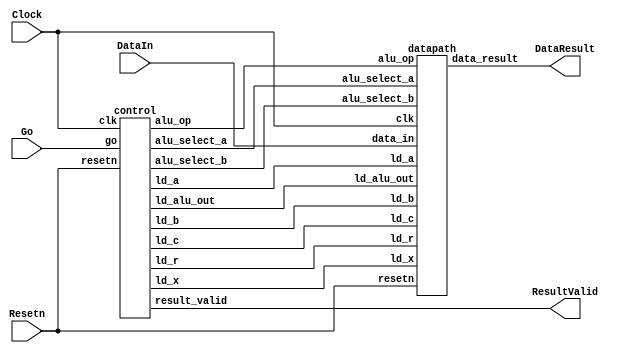
//Sw[7:0] data_in

//KEY[0] synchronous reset when pressed
//KEY[1] go signal

//LEDR displays result
//HEX0 & HEX1 also displays result

module part2(Clock, Resetn, Go, DataIn, DataResult, ResultValid);
    input Clock;
    input Resetn;
    input Go;
    input [7:0] DataIn;
    output [7:0] DataResult;
    output ResultValid;

    // lots of wires to connect our datapath and control
    wire ld_a, ld_b, ld_c, ld_x, ld_r;
    wire ld_alu_out;
    wire [1:0]  alu_select_a, alu_select_b;
    wire alu_op;

    control C0(
        .clk(Clock),
        .resetn(Resetn),

        .go(Go),

        .ld_alu_out(ld_alu_out),
        .ld_x(ld_x),
        .ld_a(ld_a),
        .ld_b(ld_b),
        .ld_c(ld_c),
        .ld_r(ld_r),

        .alu_select_a(alu_select_a),
        .alu_select_b(alu_select_b),
        .alu_op(alu_op),
        .result_valid(ResultValid)
    );

    datapath D0(
        .clk(Clock),
        .resetn(Resetn),

        .ld_alu_out(ld_alu_out),
        .ld_x(ld_x),
        .ld_a(ld_a),
        .ld_b(ld_b),
        .ld_c(ld_c),
        .ld_r(ld_r),

        .alu_select_a(alu_select_a),
        .alu_select_b(alu_select_b),
        .alu_op(alu_op),

        .data_in(DataIn),
        .data_result(DataResult)
    );

endmodule

module control(
    input clk,
    input resetn,
    input go,

    output reg  ld_a, ld_b, ld_c, ld_x, ld_r,
    output reg  ld_alu_out,
    output reg [1:0]  alu_select_a, alu_select_b,
    output reg alu_op,
    output reg result_valid
    );

    reg [5:0] current_state, next_state;

    localparam  S_LOAD_A        = 5'd0,
                S_LOAD_A_WAIT   = 5'd1,
                S_LOAD_B        = 5'd2,
                S_LOAD_B_WAIT   = 5'd3,
                S_LOAD_C        = 5'd4,
                S_LOAD_C_WAIT   = 5'd5,
                S_LOAD_X        = 5'd6,
                S_LOAD_X_WAIT   = 5'd7,
                S_CYCLE_0       = 5'd8,
                S_CYCLE_1       = 5'd9,
                S_CYCLE_2       = 5'd10,
                S_CYCLE_3       = 5'd11,
                S_CYCLE_4       = 5'd12;

    // Next state logic aka our state table
    always@(*)
    begin: state_table
            case (current_state)
                S_LOAD_A: next_state = go ? S_LOAD_A_WAIT : S_LOAD_A; // Loop in current state until value is input
                S_LOAD_A_WAIT: next_state = go ? S_LOAD_A_WAIT : S_LOAD_B; // Loop in current state until go signal goes low
                S_LOAD_B: next_state = go ? S_LOAD_B_WAIT : S_LOAD_B; // Loop in current state until value is input
                S_LOAD_B_WAIT: next_state = go ? S_LOAD_B_WAIT : S_LOAD_C; // Loop in current state until go signal goes low
                S_LOAD_C: next_state = go ? S_LOAD_C_WAIT : S_LOAD_C; // Loop in current state until value is input
                S_LOAD_C_WAIT: next_state = go ? S_LOAD_C_WAIT : S_LOAD_X; // Loop in current state until go signal goes low
                S_LOAD_X: next_state = go ? S_LOAD_X_WAIT : S_LOAD_X; // Loop in current state until value is input
                S_LOAD_X_WAIT: next_state = go ? S_LOAD_X_WAIT : S_CYCLE_0; // Loop in current state until go signal goes low
                S_CYCLE_0: next_state = S_CYCLE_1;
                S_CYCLE_1: next_state = S_CYCLE_2;
                S_CYCLE_2: next_state = S_CYCLE_3;
                S_CYCLE_3: next_state = S_CYCLE_4;
                S_CYCLE_4: next_state = go ? S_LOAD_A_WAIT : S_CYCLE_4; // we will be done our two operations, start over after
            default:     next_state = S_LOAD_A;
        endcase
    end // state_table


    // Output logic aka all of our datapath control signals
    always @(*)
    begin: enable_signals
        // By default make all our signals 0
        ld_alu_out = 1'b0;
        ld_a = 1'b0;
        ld_b = 1'b0;
        ld_c = 1'b0;
        ld_x = 1'b0;
        ld_r = 1'b0;
        alu_select_a = 2'b0;
        alu_select_b = 2'b0;
        alu_op       = 1'b0;
        result_valid = 1'b0;

        case (current_state)
            S_LOAD_A: begin
                ld_a = 1'b1;
                end
            S_LOAD_B: begin
                ld_b = 1'b1;
                end
            S_LOAD_C: begin
                ld_c = 1'b1;
                end
            S_LOAD_X: begin
                ld_x = 1'b1;
                end
            S_CYCLE_0: begin // Do A <- A * x
                ld_alu_out = 1'b1; ld_a = 1'b1; // store result back into A
                alu_select_a = 2'b00; // Select register A
                alu_select_b = 2'b11; // Select register x
                alu_op = 1'b1; // Do multiply operation
            end
            S_CYCLE_1: begin // Do B <- A*x + B
                ld_alu_out = 1'b1; ld_b = 1'b1; // store result back into B
                alu_select_a = 2'b00; // Select register A
                alu_select_b = 2'b01; // Select register B
                alu_op = 1'b0; // Do Add operation
            end
            S_CYCLE_2: begin // Do A*x + B <- (A*x + B)*x
                ld_alu_out = 1'b1; ld_b = 1'b1; // store result back into B
                alu_select_a = 2'b01; // Select register r
                alu_select_b = 2'b11; // Select register x
                alu_op = 1'b1; // Do multiply operation
            end
            S_CYCLE_3: begin
                ld_r = 1'b1; // store result in result register
                alu_select_a = 2'b10; // Select register C
                alu_select_b = 2'b01; // Select register B
                alu_op = 1'b0; // Do Add operation
            end
            S_CYCLE_4: begin                  
                ld_a = 1'b1;
                result_valid = 1'b1;
            end
        // default:    // don't need default since we already made sure all of our outputs were assigned a value at the start of the always block
        endcase
    end // enable_signals

    // current_state registers
    always@(posedge clk)
    begin: state_FFs
        if(!resetn)
            current_state <= S_LOAD_A;
        else
            current_state <= next_state;
    end // state_FFS
endmodule

module datapath(
    input clk,
    input resetn,
    input [7:0] data_in,
    input ld_alu_out,
    input ld_x, ld_a, ld_b, ld_c,
    input ld_r,
    input alu_op,
    input [1:0] alu_select_a, alu_select_b,
    output reg [7:0] data_result
    );

    // input registers
    reg [7:0] a, b, c, x;

    // output of the alu
    reg [7:0] alu_out;
    // alu input muxes
    reg [7:0] alu_a, alu_b;

    // Registers a, b, c, x with respective input logic
    always@(posedge clk) begin
        if(!resetn) begin
            a <= 8'b0;
            b <= 8'b0;
            c <= 8'b0;
            x <= 8'b0;
        end
        else begin
            if(ld_a)
                a <= ld_alu_out ? alu_out : data_in; // load alu_out if load_alu_out signal is high, otherwise load from data_in
            if(ld_b)
                b <= ld_alu_out ? alu_out : data_in; // load alu_out if load_alu_out signal is high, otherwise load from data_in
            if(ld_x)
                x <= data_in;
            if(ld_c)
                c <= data_in;
        end
    end

    // Output result register
    always@(posedge clk) begin
        if(!resetn) begin
            data_result <= 8'b0;
        end
        else
            if(ld_r)
                data_result <= alu_out;
    end

    // The ALU input multiplexers
    always @(*)
    begin
        case (alu_select_a)
            2'd0:
                alu_a = a;
            2'd1:
                alu_a = b;
            2'd2:
                alu_a = c;
            2'd3:
                alu_a = x;
            default: alu_a = 8'b0;
        endcase

        case (alu_select_b)
            2'd0:
                alu_b = a;
            2'd1:
                alu_b = b;
            2'd2:
                alu_b = c;
            2'd3:
                alu_b = x;
            default: alu_b = 8'b0;
        endcase
    end

    // The ALU
    always @(*)
    begin : ALU
        // alu
        case (alu_op)
            0: begin
                   alu_out = alu_a + alu_b; //performs addition
               end
            1: begin
                   alu_out = alu_a * alu_b; //performs multiplication
               end
            default: alu_out = 8'b0;
        endcase
    end

endmodule

// top level module for FPGA
module TopG(SW, KEY, CLOCK_50, LEDR, HEX0, HEX1);
    input [9:0] SW;
    input [3:0] KEY;
    input CLOCK_50;
    output [9:0] LEDR;
    output [6:0] HEX0, HEX1;

    wire resetn;
    wire go;

    wire [7:0] data_result;
    assign go = ~KEY[1];
    assign resetn = KEY[0];


    part2 u0(
        .Clock(CLOCK_50),
        .Resetn(resetn),
        .Go(go),
        .DataIn(SW[7:0]),
        .DataResult(data_result),
        .ResultValid(LEDR[8])
    );

    hex_decoder H0(
        .c(data_result[3:0]), 
        .display(HEX0)
    );

    hex_decoder H1(
        .c(data_result[7:4]), 
        .display(HEX1)
    );

endmodule

// hex decoder
module hex_decoder(c, display);
    input [3:0] c;
    output [6:0] display;

    assign display[0] = ~((~c[0]|c[1]|c[2]|c[3])&(c[0]|c[1]|~c[2]|c[3])&(~c[0]|~c[1]|c[2]|~c[3])&(~c[0]|c[1]|~c[2]|~c[3])); // Eqn 0
    assign display[1] = ~((~c[0]|c[1]|~c[2]|c[3])&(c[0]|~c[1]|~c[2]|c[3])&(~c[0]|~c[1]|c[2]|~c[3])&(c[0]|c[1]|~c[2]|~c[3])&(c[0]|~c[1]|~c[2]|~c[3])&(~c[0]|~c[1]|~c[2]|~c[3])); // Eqn 1
    assign display[2] = ~((c[0]|~c[1]|c[2]|c[3])&(c[0]|c[1]|~c[2]|~c[3])&(c[0]|~c[1]|~c[2]|~c[3])&(~c[0]|~c[1]|~c[2]|~c[3])); // Eqn 2
    assign display[3] = ~((~c[0]|c[1]|c[2]|c[3])&(c[0]|c[1]|~c[2]|c[3])&(~c[0]|~c[1]|~c[2]|c[3])&(c[0]|~c[1]|c[2]|~c[3])&(~c[0]|~c[1]|~c[2]|~c[3])); // Eqn 3
    assign display[4] = ~((~c[0]|c[1]|c[2]|c[3])&(~c[0]|~c[1]|c[2]|c[3])&(c[1]|c[1]|~c[2]|c[3])&(~c[0]|c[1]|~c[2]|c[3])&(~c[0]|~c[1]|~c[2]|c[3])&(~c[0]|c[1]|c[2]|~c[3])); // Eqn 4
    assign display[5] = ~((~c[0]|c[1]|c[2]|c[3])&(c[0]|~c[1]|c[2]|c[3])&(~c[0]|~c[1]|c[2]|c[3])&(~c[0]|~c[1]|~c[2]|c[3])&(~c[0]|c[1]|~c[2]|~c[3])); // Enq 5
    assign display[6] = ~((c[0]|c[1]|c[2]|c[3])&(~c[0]|c[1]|c[2]|c[3])&(~c[0]|~c[1]|~c[2]|c[3])&(c[0]|c[1]|~c[2]|~c[3])); // Enq 6
endmodule